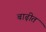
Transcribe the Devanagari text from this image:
बाढ़ीत